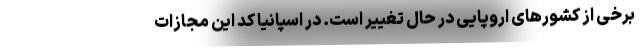
برخی از کشورهای اروپایی در حال تغییر است. در اسپانیا کد این مجازات